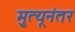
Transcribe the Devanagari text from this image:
मृुत्यूनंतर